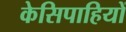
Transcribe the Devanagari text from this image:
केसिपाहियों